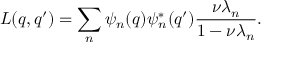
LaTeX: L ( q , q ^ { \prime } ) = \sum _ { n } \psi _ { n } ( q ) \psi _ { n } ^ { * } ( q ^ { \prime } ) \frac { \nu \lambda _ { n } } { 1 - \nu \lambda _ { n } } .